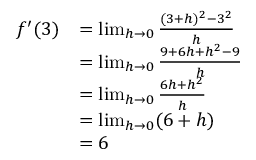
{ \begin{array} { r l } { f ^ { \prime } ( 3 ) } & { = \operatorname* { l i m } _ { h \to 0 } { \frac { ( 3 + h ) ^ { 2 } - 3 ^ { 2 } } { h } } } \\ & { = \operatorname* { l i m } _ { h \to 0 } { \frac { 9 + 6 h + h ^ { 2 } - 9 } { h } } } \\ & { = \operatorname* { l i m } _ { h \to 0 } { \frac { 6 h + h ^ { 2 } } { h } } } \\ & { = \operatorname* { l i m } _ { h \to 0 } ( 6 + h ) } \\ & { = 6 } \end{array} }